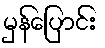
မှန်ပြောင်း